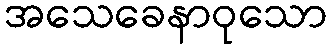
အသေခေနာဝုသော